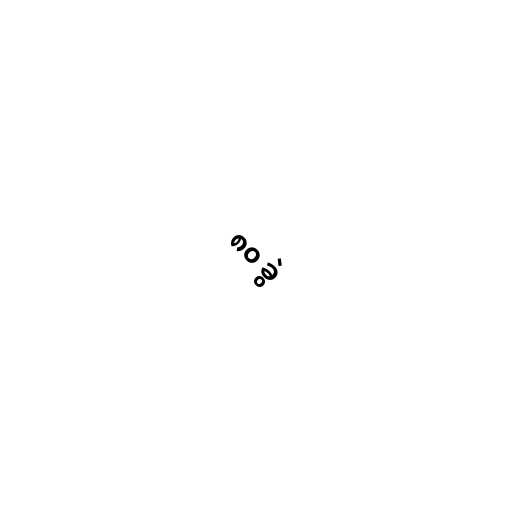
၈၀ ခွဲ